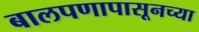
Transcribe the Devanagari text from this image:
बालपणापासूनच्या